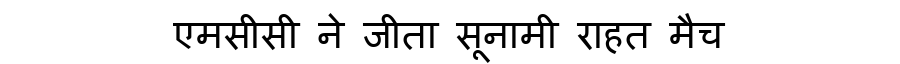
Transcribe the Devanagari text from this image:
एमसीसी ने जीता सूनामी राहत मैच